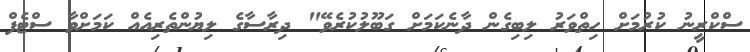
ސްކްރީނު ކުރުމަށް ހިތްވަރު ލިބިގެން ދާނެކަމަށް ގަބޫލުކުރެވޭ" ދިރާސާގެ ލިޔުންތެރިއެއް ކަމަށްވާ ސްޓެފް